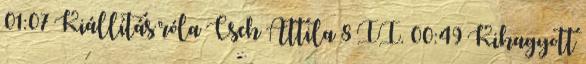
01:07 Kiállítás róla Cseh Attila 8 II. 00:49 Kihagyott